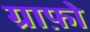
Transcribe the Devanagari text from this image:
ग्राफ़ो